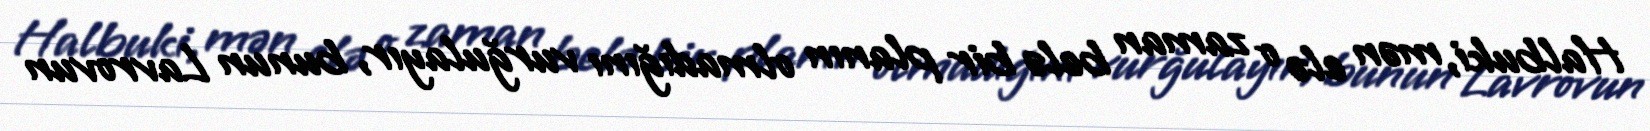
Halbuki, mən elə o zaman belə bir planın olmadığını vurğulayır, bunun Lavrovun